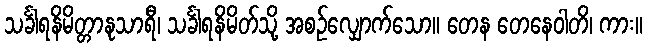
သင်္ခါရနိမိတ္တာနုသာရီ၊ သင်္ခါရနိမိတ်သို့ အစဉ်လျှောက်သော။ တေန တေနေဝါတိ၊ ကား။